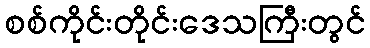
စစ်ကိုင်းတိုင်းဒေသကြီးတွင်